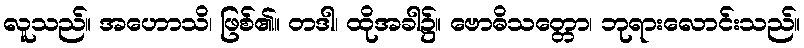
လူသည်။ အဟောသိ၊ ဖြစ်၏။ တဒါ၊ ထိုအခါ၌။ ဗောဓိသတ္တော၊ ဘုရားလောင်းသည်။